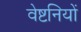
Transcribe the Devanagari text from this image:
वेष्टनियों